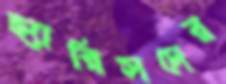
হ্যারিসদের